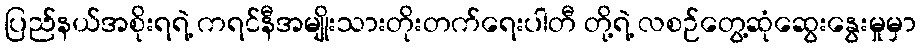
ပြည်နယ်အစိုးရရဲ့ ကရင်နီအမျိုးသားတိုးတက်ရေးပါတီ တို့ရဲ့ လစဉ်တွေ့ဆုံဆွေးနွေးမှုမှာ